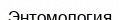
Энтомология